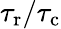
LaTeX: {\tau_{\mathrm{r}}}/{\tau_{\mathrm{c}}}